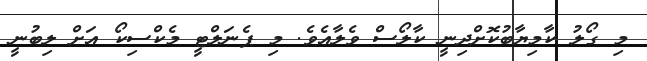
މި ގޯލު ކާމިޔާބުކޮށްދިނީ ކާލޯސް ވެލާއެވެ. މި ޕެނަލްޓީ މެކްސިކޯ އަށް ލިބުނީ